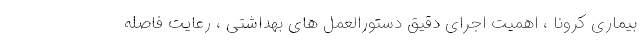
بیماری کرونا ، اهمیت اجرای دقیق دستورالعمل های بهداشتی ، رعایت فاصله